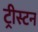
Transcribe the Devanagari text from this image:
ट्रीस्टन